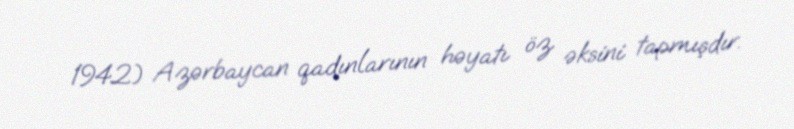
1942) Azərbaycan qadınlarının həyatı öz əksini tapmışdır.